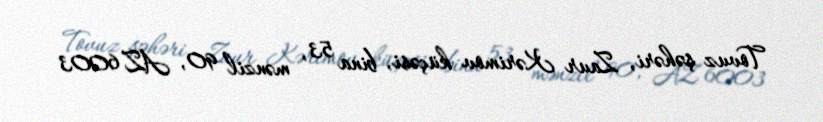
Tovuz şəhəri, Zaur Kərimov küçəsi, bina 53, mənzil 90, AZ 6003